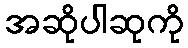
အဆိုပါဆုကို